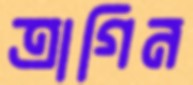
ত্রাগিন